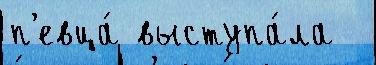
п'евца́ выступа́ла